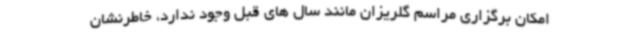
امکان برگزاری مراسم گلریزان مانند سال های قبل وجود ندارد، خاطرنشان